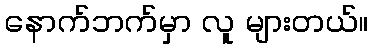
နောက်ဘက်မှာ လူ များတယ်။